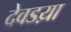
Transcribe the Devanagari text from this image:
देवडय़ा